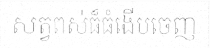
សត្វពស់ធ៏ធំងើបចេញ